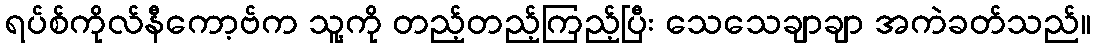
ရပ်စ်ကိုလ်နီကော့ဗ်က သူ့ကို တည့်တည့်ကြည့်ပြီး သေသေချာချာ အကဲခတ်သည်။